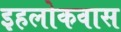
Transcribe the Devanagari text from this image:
इहलोकवास